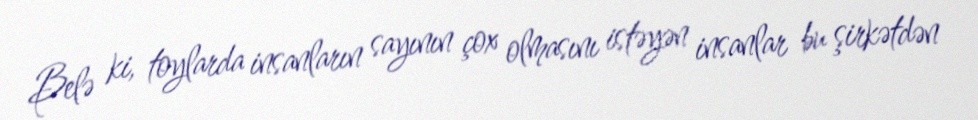
Belə ki, toylarda insanların sayının çox olmasını istəyən insanlar bu şirkətdən